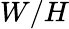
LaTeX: W/H